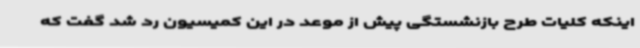
اینکه کلیات طرح بازنشستگی پیش از موعد در این کمیسیون رد شد گفت که